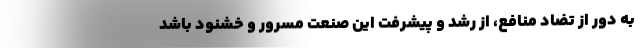
به دور از تضاد منافع، از رشد و پیشرفت این صنعت مسرور و خشنود باشد